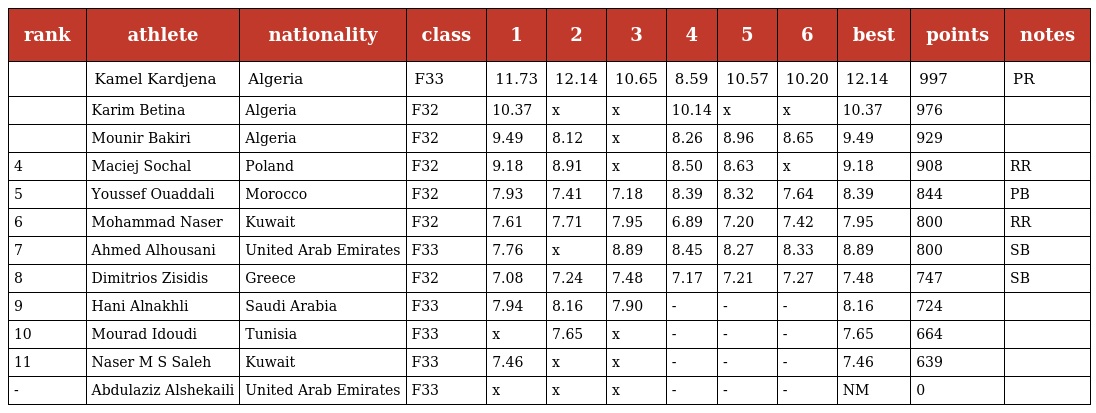
| rank | athlete | nationality | class | 1 | 2 | 3 | 4 | 5 | 6 | best | points | notes |
 | --- | --- | --- | --- | --- | --- | --- | --- | --- | --- | --- | --- | --- |
 |  | Kamel Kardjena | Algeria | F33 | 11.73 | 12.14 | 10.65 | 8.59 | 10.57 | 10.20 | 12.14 | 997 | PR |
 |  | Karim Betina | Algeria | F32 | 10.37 | x | x | 10.14 | x | x | 10.37 | 976 |  |
 |  | Mounir Bakiri | Algeria | F32 | 9.49 | 8.12 | x | 8.26 | 8.96 | 8.65 | 9.49 | 929 |  |
 | 4 | Maciej Sochal | Poland | F32 | 9.18 | 8.91 | x | 8.50 | 8.63 | x | 9.18 | 908 | RR |
 | 5 | Youssef Ouaddali | Morocco | F32 | 7.93 | 7.41 | 7.18 | 8.39 | 8.32 | 7.64 | 8.39 | 844 | PB |
 | 6 | Mohammad Naser | Kuwait | F32 | 7.61 | 7.71 | 7.95 | 6.89 | 7.20 | 7.42 | 7.95 | 800 | RR |
 | 7 | Ahmed Alhousani | United Arab Emirates | F33 | 7.76 | x | 8.89 | 8.45 | 8.27 | 8.33 | 8.89 | 800 | SB |
 | 8 | Dimitrios Zisidis | Greece | F32 | 7.08 | 7.24 | 7.48 | 7.17 | 7.21 | 7.27 | 7.48 | 747 | SB |
 | 9 | Hani Alnakhli | Saudi Arabia | F33 | 7.94 | 8.16 | 7.90 | - | - | - | 8.16 | 724 |  |
 | 10 | Mourad Idoudi | Tunisia | F33 | x | 7.65 | x | - | - | - | 7.65 | 664 |  |
 | 11 | Naser M S Saleh | Kuwait | F33 | 7.46 | x | x | - | - | - | 7.46 | 639 |  |
 | - | Abdulaziz Alshekaili | United Arab Emirates | F33 | x | x | x | - | - | - | NM | 0 |  |